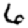
Digit: 6